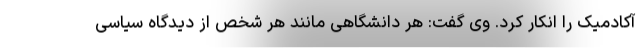
آکادمیک را انکار کرد. وی گفت: هر دانشگاهی مانند هر شخص از دیدگاه سیاسی